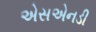
એસએનડી